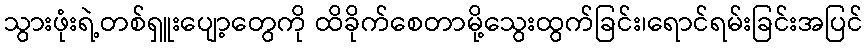
သွားဖုံးရဲ့တစ်ရှူးပျော့တွေကို ထိခိုက်စေတာမို့သွေးထွက်ခြင်း၊ရောင်ရမ်းခြင်းအပြင်